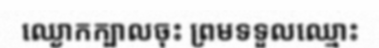
ឈ្ងោកក្បាលចុះ ព្រមទទួលឈ្មោះ